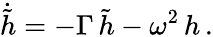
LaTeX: \dot{\tilde{h}}=-\Gamma\, {\tilde{h}}-\omega^{2}\, h\, .